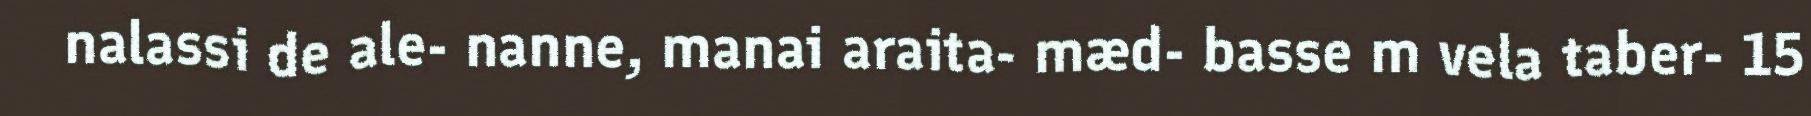
nalassi de ale- nanne, manai araita- mæd- basse m vela taber- 15